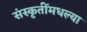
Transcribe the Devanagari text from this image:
संस्कृतींमधल्या